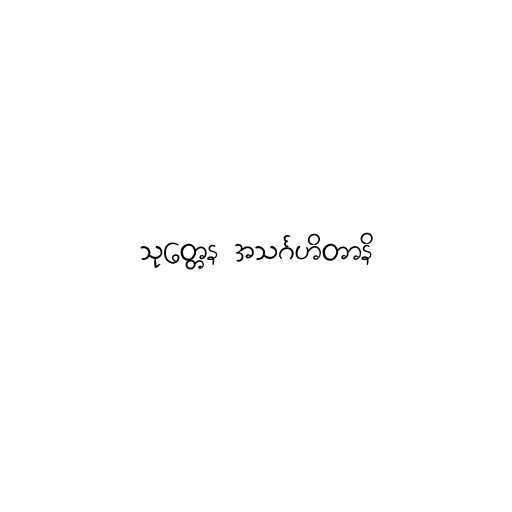
သုတ္တေန အသင်္ဂဟိတာနိ